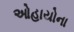
ઓહાયોના